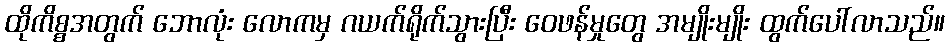
ထိုကိစ္စအတွက် ဘောလုံး လောကမှ ဂယက်ရိုက်သွားပြီး ဝေဖန်မှုတွေ အမျိုးမျိုး ထွက်ပေါ်လာသည်။